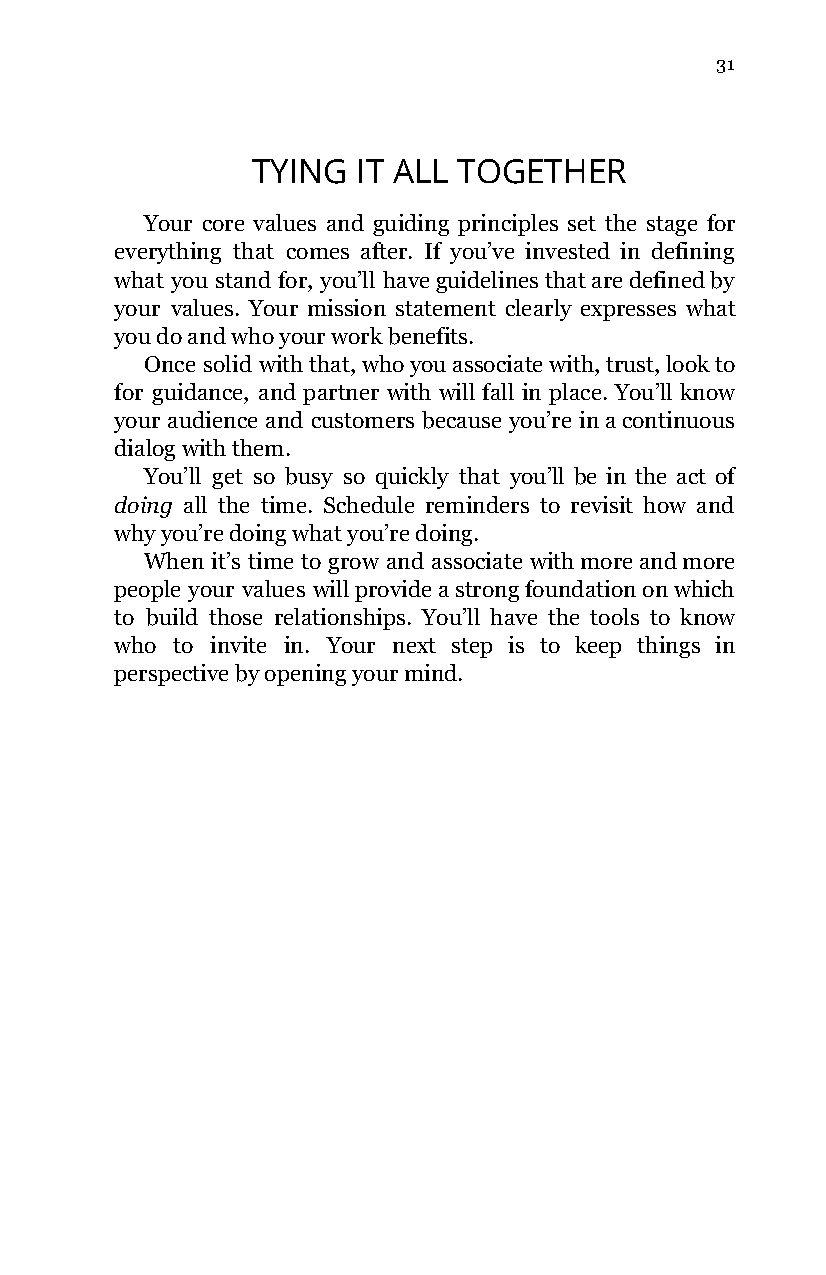
31
 TYING  IT ALL TOGETHER
 Your core values and guiding principles set the stage for
 everything that comes after. If you’ve invested in defining
 what you stand for, you’ll have guidelines that are defined by
 your values. Your mission statement clearly expresses what
 you do and who your work benefits.
 Once solid with that, who you associate with, trust, look to
 for guidance, and partner with will fall in place. You’ll know
 your audience and customers because you’re in a continuous
 dialog with them.
 You’ll get so busy so quickly that you’ll be in the act of
 doing all the time. Schedule reminders to revisit how and
 why you’re doing what you’re doing.
 When it’s time to grow and associate with more and more
 people your values will provide a strong foundation on which
 to build those relationships. You’ll have the tools to know
 who to invite in. Your next step is to keep things in
 perspective by opening your mind.